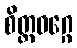
စိတ္တဝဂ္ဂေ